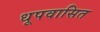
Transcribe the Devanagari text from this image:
धूपवासित